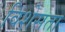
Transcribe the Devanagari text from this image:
विशेसता